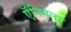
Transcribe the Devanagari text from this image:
ऍनिमेला